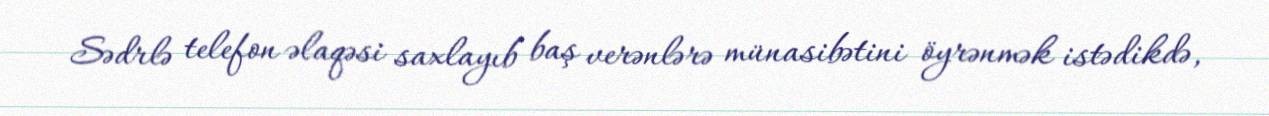
Sədrlə telefon əlaqəsi saxlayıb baş verənlərə münasibətini öyrənmək istədikdə,